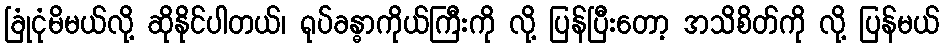
ခြုံငုံမိမယ်လို့ ဆိုနိုင်ပါတယ်၊ ရုပ်ခန္ဓာကိုယ်ကြီးကို လို့ ပြန်ပြီးတော့ အသိစိတ်ကို လို့ ပြန်မယ်